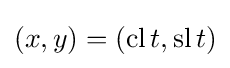
(x,y)=(\operatorname {cl} t,\operatorname {sl} t)